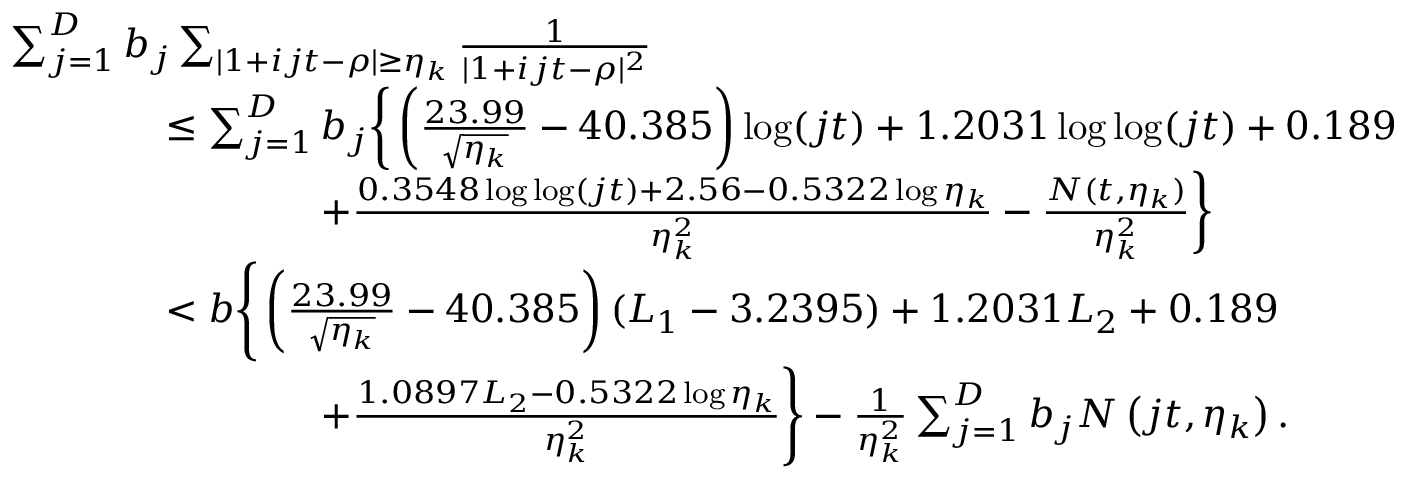
\begin{array} { r l } & { \sum _ { j = 1 } ^ { D } b _ { j } \sum _ { | 1 + i j t - \rho | \ge \eta _ { k } } \frac { 1 } { | 1 + i j t - \rho | ^ { 2 } } } \\ & { \qquad \qquad \le \sum _ { j = 1 } ^ { D } b _ { j } \bigg \{ \left( \frac { 2 3 . 9 9 } { \sqrt { \eta _ { k } } } - 4 0 . 3 8 5 \right) \log ( j t ) + 1 . 2 0 3 1 \log \log ( j t ) + 0 . 1 8 9 } \\ & { \qquad \qquad \qquad \qquad + \frac { 0 . 3 5 4 8 \log \log ( j t ) + 2 . 5 6 - 0 . 5 3 2 2 \log \eta _ { k } } { \eta _ { k } ^ { 2 } } - \frac { N ( t , \eta _ { k } ) } { \eta _ { k } ^ { 2 } } \bigg \} } \\ & { \qquad \qquad < b \Bigg \{ \left( \frac { 2 3 . 9 9 } { \sqrt { \eta _ { k } } } - 4 0 . 3 8 5 \right) ( L _ { 1 } - 3 . 2 3 9 5 ) + 1 . 2 0 3 1 L _ { 2 } + 0 . 1 8 9 } \\ & { \qquad \qquad \qquad \qquad + \frac { 1 . 0 8 9 7 L _ { 2 } - 0 . 5 3 2 2 \log \eta _ { k } } { \eta _ { k } ^ { 2 } } \Bigg \} - \frac { 1 } { \eta _ { k } ^ { 2 } } \sum _ { j = 1 } ^ { D } b _ { j } N \left( j t , \eta _ { k } \right) . } \end{array}